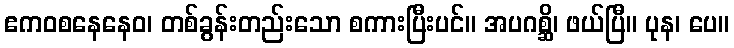
ဧကဝစနေနေဝ၊ တစ်ခွန်းတည်းသော စကားပြီးပင်။ အပဂစ္ဆိ၊ ဖယ်ပြီ။ ပုန၊ ပေ။